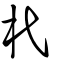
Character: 杙